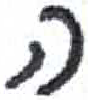
אות: ה